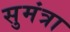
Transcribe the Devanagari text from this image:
सुमंत्रा